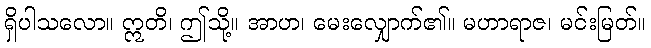
ရှိပါသလော။ ဣတိ၊ ဤသို့။ အာဟ၊ မေးလျှောက်၏။ မဟာရာဇ၊ မင်းမြတ်။